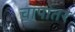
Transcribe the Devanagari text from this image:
चापांतर